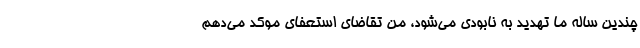
چندین ساله ما تهدید به نابودی می‌شود، من تقاضای استعفای موکد می‌دهم